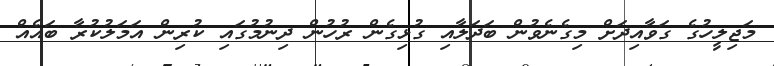
މަޖިލީހުގެ ގަވާއިދަށް މިގެނެވުން ބަދަލާއި ގުޅިގެން ރުހުން ދިނުމުގައި ކުރިން އަމަލުކުރާ ބައެއް